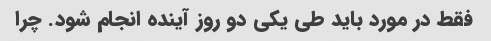
فقط در مورد باید طی یکی دو روز آینده انجام شود. چرا